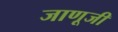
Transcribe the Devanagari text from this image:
जाणूजी